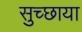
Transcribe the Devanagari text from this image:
सुच्छाया